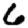
Digit: 6